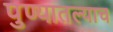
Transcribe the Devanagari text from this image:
पुण्यातल्याच